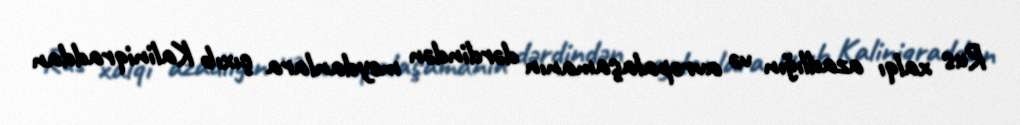
Rus xalqı azadlığın və avropalaşamanın dərdindən meydanlara çıxıb Kaliniqraddan